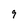
Character: 9